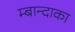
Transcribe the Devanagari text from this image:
म्बान्दाका